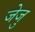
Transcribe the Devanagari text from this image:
जेजु